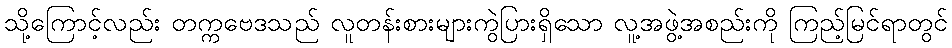
သို့ကြောင့်လည်း တက္ကဗေဒသည် လူတန်းစားများကွဲပြားရှိသော လူ့အဖွဲ့အစည်းကို ကြည့်မြင်ရာတွင်